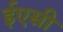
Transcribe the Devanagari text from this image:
ईएसी